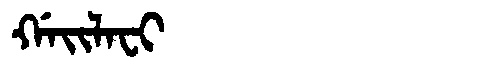
Manchu: ᡤᠠᡳᠯᠠᠸᡳ
Romanization: GAILAFI